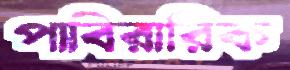
পাবিরারিক